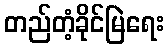
တည်တံ့ခိုင်မြဲရေး